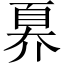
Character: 奡